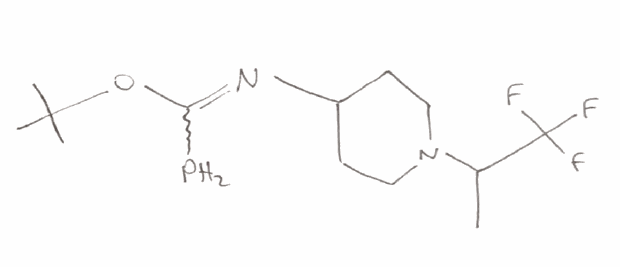
Simplified molecular-input line-entry system (SMILES) notation of the given molecule:
CC(C(F)(F)F)N1CCC(CC1)N=C(OC(C)(C)C)P